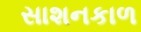
સાશનકાળ